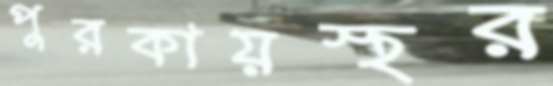
পুরকায়স্থর